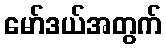
မော်ဒယ်အတွက်